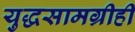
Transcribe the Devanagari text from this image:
युद्धसामग्रीही